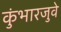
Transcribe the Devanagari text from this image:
कुंभारजुवे